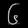
Digit: ၆